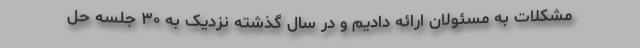
مشکلات به مسئولان ارائه دادیم و در سال گذشته نزدیک به ۳۰ جلسه حل